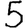
Digit: 5